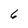
Character: 6